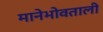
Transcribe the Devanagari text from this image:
मानेभोवताली